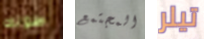
طولك المجتمع تيلر